Lunatic asylums Central Provinces reports 1874-1885 - 1874-1885
Year: 1874
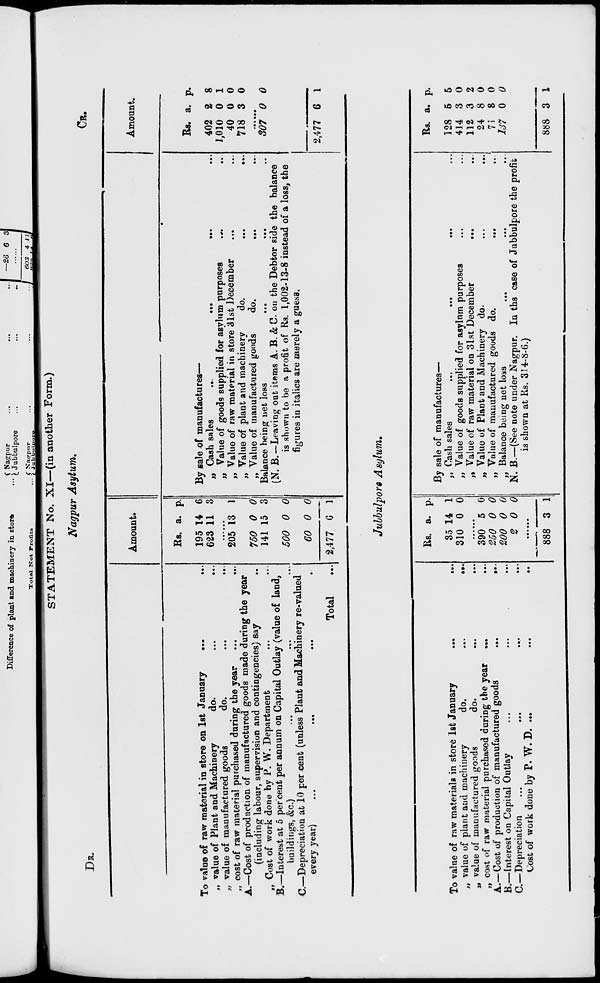
STATEMENT No. XI—(in another Form.)
Nagpur Asylum.
DR. CR.
To value of raw material in store on 1st January
...
...
„ value of Plant and Machinery
do.
...
...
„ value of manufactured goods
do. ... ...
„ cost of raw material purchased during the year
...
...
A.—Cost of production of manufactured goods made during the year
(including labour, supervision and contingencies) say ...
„ Cost of work done by P. W. Department ... ...
B.—Interest at 5 percent per annum on Capital Outlay (value of land,
buildings, &c.) ... ... ...
C.—Depreciation at 10 per cent (unless Plant and Machinery re-valued
every year)
...
...
...
...
Total ...
Rs.
195
623
a.
14
11
p.
6
3
......
205
750
141
500
60
2,477
13
0
15
0
0
6
1
0
3
0
0
1
By sale of manufactures—
„ Cash sales
...
...
...
...
„ Value of goods supplied for asylum purposes
...
...
„ Value of raw material in store 31st December ... ...
„ Value of plant and machinery
do.
...
...
„ Value of manufactured goods
do.
...
...
Balance being net loss ... ... ...
(N. B.— Leaving out items A. B. & C. on the Debtor side the balance
is shown to be a profit of Rs. 1,002-13-8 instead of a loss, the
figures in italics are merely a guess.
Amount.
Rs.
402
1,010
40
718
a.
2
0
0
3
p.
8
1
0
0
......
307 0 0
2,477 6 1
Jubbulpore
Asylum.
To value of raw materials in store 1st January
...
...
„ value of plant and machinery
do.
...
...
„ value of manufactured goods
do.
...
...
„ cost of raw material purchased during the year ...
...
A.—Cost of production of manufactured goods
...
...
B.—Interest on Capital Outlay ... ... ...
C.—Depreciation ... ... ... ...
Cost of work done by P. W. D. ...
...
...
Rs.
35
310
a.
14
0
p.
1
0
......
390
250
200
2
5
0
0
0
0
0
0
0
......
888 3 1
By sale of manufactures—
„ Cash sales
„ Value of goods supplied for asylum purposes ... ...
„ Value of raw material on 31st December
... ...
„ Value of Plant and Machinery do. ... ...
„ Value of manufactured goods do.
...
...
„ Balance being net loss ... ... ...
N. B.—(See note under Nagpur. In the case of Jubbulpore the profit
is shown at Rs. 314-8-6.)
Rs.
128
414
112
24
71
137
a.
5
3
3
8
8
0
p.
5
0
2
0
0
0
888 3 1